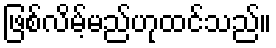
ဖြစ်လိမ့်မည်ဟုထင်သည်။